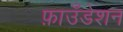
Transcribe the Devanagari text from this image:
फ़ाउँडेशन